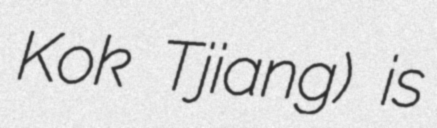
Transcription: Kok Tjiang) is